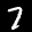
Label: 7